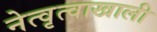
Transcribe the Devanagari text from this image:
नेत्वृत्वाखाली